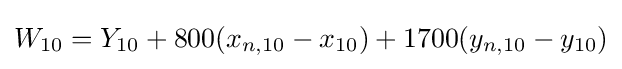
W_{10}=Y_{10}+800(x_{n,10}-x_{10})+1700(y_{n,10}-y_{10})